Insane asylums Bombay 1873-77 - 1873-1877
Year: 1873
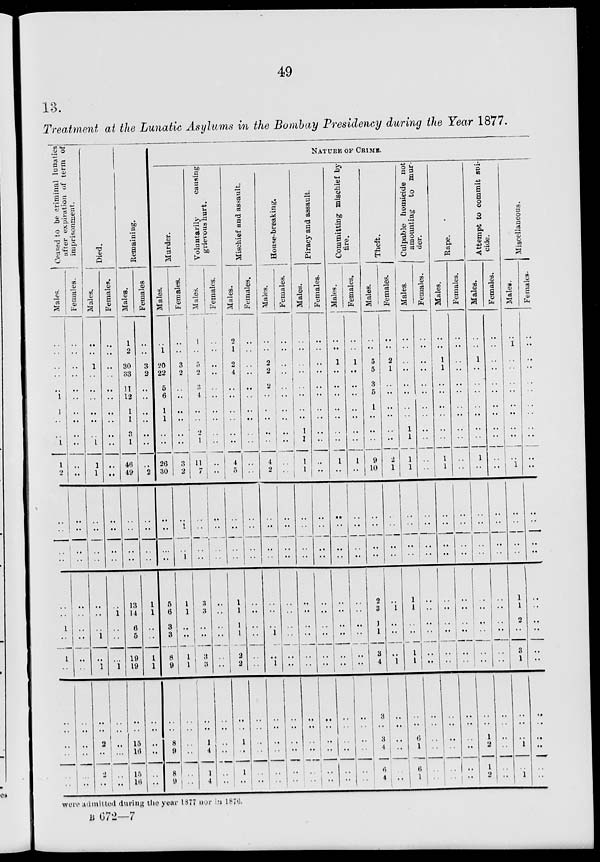
49
13.
Treatment at the Lunatic Asylums in the Bombay Presidency during the Year 1877.
Ceased to be criminal lunatics
after expiration of term of
imprisonment.
Males.
..
..
..
..
..
1
1
..
..
1
1
2
..
..
..
..
..
..
1
..
1
..
..
..
..
..
..
..
Females.
..
..
..
..
..
..
..
..
..
..
..
..
..
..
..
..
..
..
..
..
..
..
..
..
..
..
...
..
Died.
Males.
..
..
1
..
..
..
..
..
..
1
1
1
..
..
..
..
..
..
..
1
..
1
..
..
2
..
2
..
Females.
..
..
..
..
..
..
..
..
..
..
..
..
..
..
..
..
..
1
..
..
...
1
..
..
..
..
..
..
Remaining.
Males.
1
2
30
33
11
12
1
1
3
1
46
49
..
..
..
..
13
14
6
5
19
19
..
..
15
16
15
16
Females.
..
..
3
2
..
..
..
..
..
..
..
2
..
..
..
..
1
1
..
..
1
1
..
..
..
..
..
..
NATURE OF CRIME.
Murder.
Males.
..
1
20
22
5
6
1
1
..
..
26
30
..
..
..
..
5
6
3
3
8
9
..
..
8
9
8
9
Females.
..
..
3
2
..
..
..
..
..
..
3
2
..
1
..
1
1
1
..
..
1
1
..
..
..
..
..
..
Voluntarily
causing
grievous hurt.
Males.
1
..
5
2
3
4
..
..
2
1
11
7
..
..
..
..
3
3
..
..
3
3
..
..
1
4
1
4
Females.
..
..
..
..
..
..
..
..
..
..
..
..
..
..
..
..
..
..
..
..
..
..
..
..
..
..
..
..
Mischief and assault.
Males.
2
1
2
4
..
..
..
..
..
..
4
5
..
..
..
..
1
1
1
1
2
2
..
..
1
..
1
..
Females.
..
..
..
..
..
..
..
..
..
..
..
..
..
..
..
..
..
..
..
..
..
..
..
..
..
..
..
..
House-breaking.
Males.
..
..
2
2
2
..
..
..
..
..
4
2
..
..
..
..
..
..
..
1
..
1
..
..
..
..
..
..
Females.
..
..
..
..
..
..
..
..
..
..
..
..
..
..
..
..
..
..
..
..
..
..
..
..
..
..
..
..
Piracy and assault.
Males.
..
..
..
..
..
..
..
..
1
1
1
1
..
..
..
..
..
..
..
..
..
..
..
..
..
..
..
..
Females.
..
..
..
..
..
..
..
..
..
..
..
..
..
..
..
..
..
..
..
..
..
..
..
..
..
..
..
..
Committing mischief by
fire.
Males.
..
..
1
..
..
..
..
..
..
..
1
..
..
..
..
..
..
..
..
..
..
..
..
..
..
..
..
..
Females.
..
..
1
..
..
..
..
..
..
..
1
..
..
..
..
..
..
..
..
..
..
..
..
..
..
..
..
Theft.
Males.
..
..
5
5
..
5
1
..
..
..
9
10
..
..
..
..
2
3
1
1
3
4
3
..
3
4
6
4
Females.
..
..
2
1
..
..
..
..
..
..
2
1
..
..
..
..
..
1
..
..
..
1
..
..
..
..
..
..
Culpable homicide not
amounting to mur-
der.
Males.
..
..
..
..
..
..
..
..
1
1
1
1
..
..
..
..
1
1
..
..
1
1
..
..
6
1
6
1
Females.
..
..
..
..
..
..
..
..
..
..
..
..
..
..
..
..
..
..
..
..
..
..
..
..
..
..
..
..
Rape.
Males.
..
..
1
1
..
..
..
..
..
..
1
1
..
..
..
..
..
..
..
..
..
..
..
..
..
..
..
..
Females.
..
..
..
..
..
..
..
..
..
..
..
..
..
..
..
..
..
..
..
..
..
..
..
..
..
..
..
..
Attempt to commit sui-
cide.
Males.
..
..
1
..
..
..
..
..
..
..
1
..
..
..
..
..
..
..
..
..
..
..
..
..
1
2
1
2
Females.
..
..
..
..
..
..
..
..
..
..
..
..
..
..
..
..
..
..
..
..
..
..
..
..
..
..
..
..
Miscellaneous.
Males.
..
1
..
..
..
..
..
..
..
..
..
1
..
..
..
..
1
1
2
..
3
1
..
..
..
1
..
1
Females.
..
..
..
..
..
..
..
..
..
..
..
..
..
..
..
..
..
..
..
..
..
..
..
..
..
..
..
..
were admitted during the year 1877 nor in 1876.
B 672—7